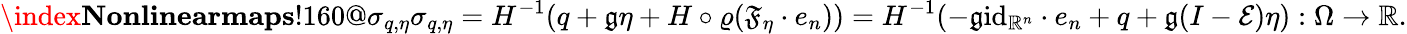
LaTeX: \index{\textbf{Nonlinearmaps}!160@\sigma_{q,\eta}}\sigma_{q,\eta}=H^{-1}(q+\mathfrak{g}\eta+H\circ\varrho(\mathfrak{F}_{\eta}\cdot e_{n}))=H^{-1}(-\mathfrak{g}\mathrm{id}_{\mathbb{R}^{n}}\cdot e_{n}+q+\mathfrak{g}(I-\mathcal{E})\eta):\Omega\to\mathbb{R}.